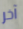
آخر